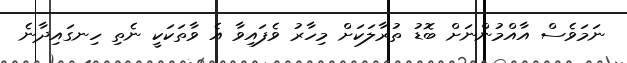
ނަމަވެސް އާއްމުންނަށް ބޮޑު ތުރާލަކަށް މިހާރު ވެފައިވާ އެ ވާތަކަކީ ނެތި ހިނގައިދާނެ